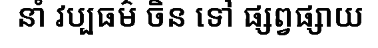
នាំ វប្បធម៌ ចិន ទៅ ផ្សព្វផ្សាយ